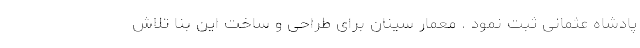
پادشاه عثمانی ثبت نمود . معمار سینان برای طراحی و ساخت این بنا تلاش